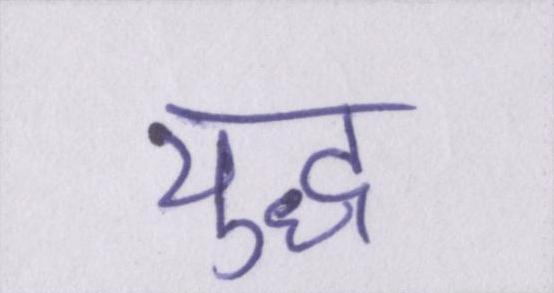
युध्द